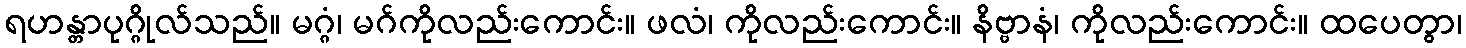
ရဟန္တာပုဂ္ဂိုလ်သည်။ မဂ္ဂံ၊ မဂ်ကိုလည်းကောင်း။ ဖလံ၊ ကိုလည်းကောင်း။ နိဗ္ဗာနံ၊ ကိုလည်းကောင်း။ ထပေတွာ၊